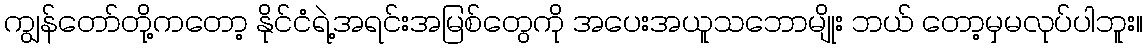
ကျွန်တော်တို့ကတော့ နိုင်ငံရဲ့အရင်းအမြစ်တွေကို အပေးအယူသဘောမျိုး ဘယ် တော့မှမလုပ်ပါဘူး။